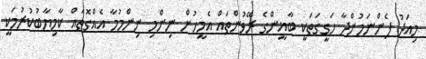
މިއަދު ފެންނަމުންދާ ހަގީގަތަކީ ބާޣީންގެ ރޭވުންތައް އެމީހުން ނިންމި ނިންމުމާ އެއްގޮތައް ކާމިޔާބުކުރުމަކީ